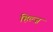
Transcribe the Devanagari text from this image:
हिल्ज़